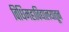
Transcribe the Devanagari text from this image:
विधिमहाविद्यालयातून